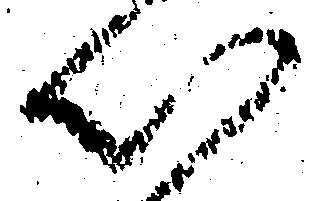
以